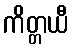
ကိတ္တယီ